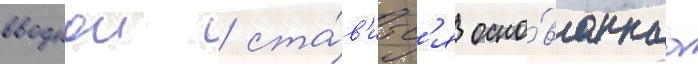
вводнои / ста́в'итс'я осно́ваннаа